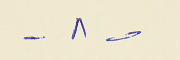
- ٨ -